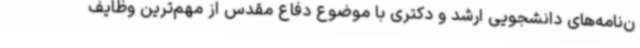
ن‌نامه‌های دانشجویی ارشد و دکتری با موضوع دفاع مقدس از مهم‌ترین وظایف